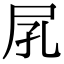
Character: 𡰼